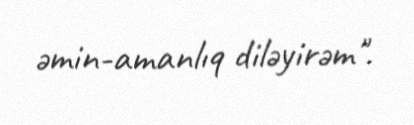
əmin-amanlıq diləyirəm".